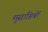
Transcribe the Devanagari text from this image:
मुसाहिबों